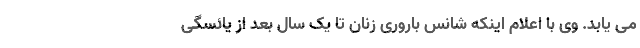
می یابد. وی با اعلام اینکه شانس باروری زنان تا یک سال بعد از یائسگی